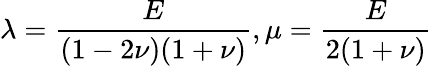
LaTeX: \lambda=\frac{E}{(1-2\nu)(1+\nu)},\mu=\frac{E}{2(1+\nu)}